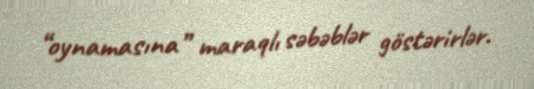
“oynamasına” maraqlı səbəblər göstərirlər.